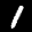
Label: 1